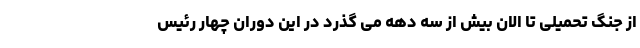
از جنگ تحمیلی تا الان بیش از سه دهه می گذرد در این دوران چهار رئیس